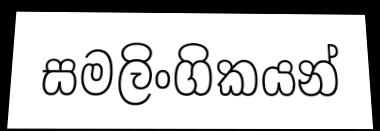
සමලිංගිකයන්